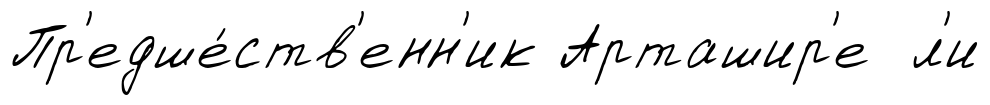
Пр'едше́ств'енн'ик Арташир'е л'и